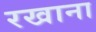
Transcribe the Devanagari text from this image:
रखाना